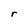
Character: r